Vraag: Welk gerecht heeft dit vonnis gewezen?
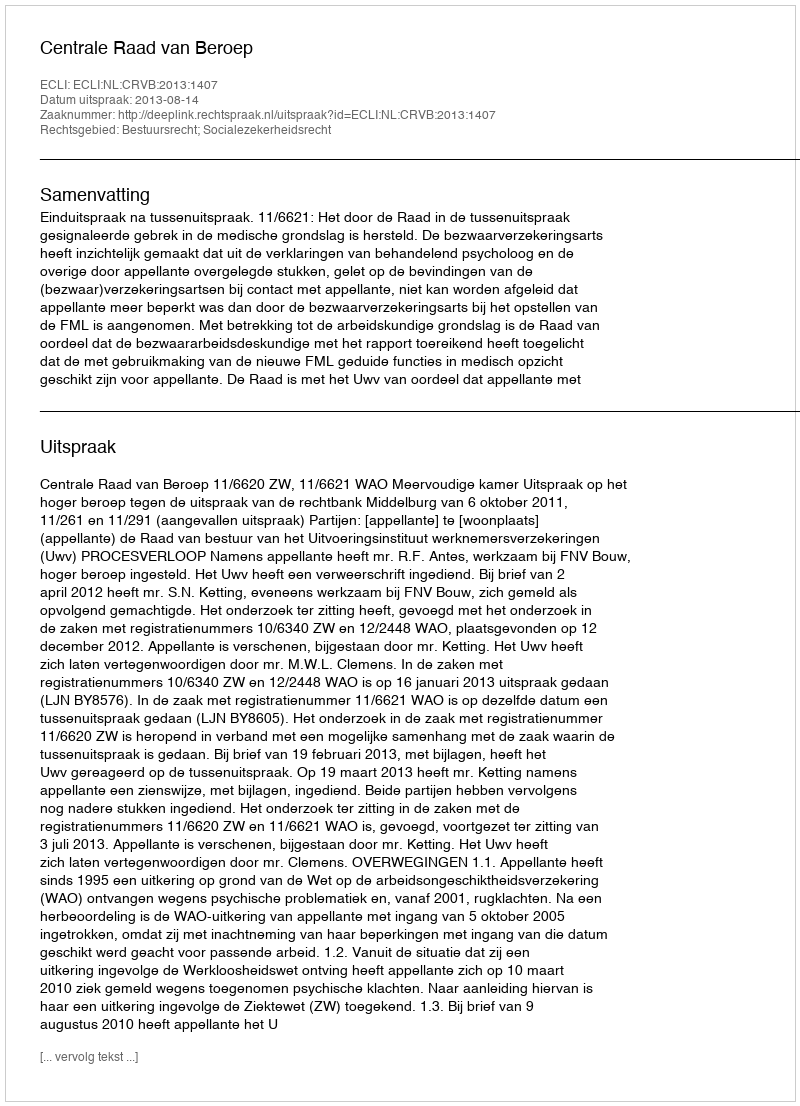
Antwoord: Centrale Raad van Beroep